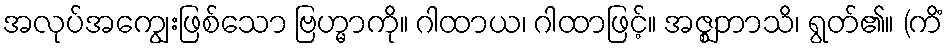
အလုပ်အကျွေးဖြစ်သော ဗြဟ္မာကို။ ဂါထာယ၊ ဂါထာဖြင့်။ အဇ္ဈဘာသိ၊ ရွတ်၏။ (ကိံ